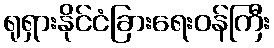
ရုရှားနိုင်ငံခြားရေးဝန်ကြီး